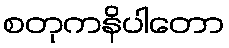
စတုကနိပါတော